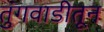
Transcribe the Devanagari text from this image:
तुंगवाडीतून